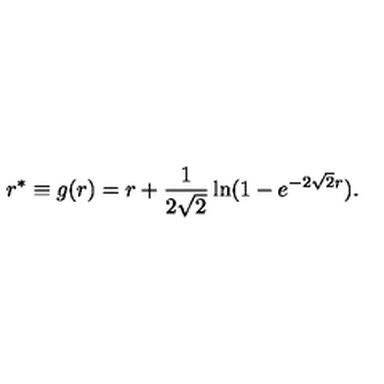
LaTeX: r ^ { * } \equiv g ( r ) = r + { \frac { 1 } { 2 \sqrt 2 } } \ln ( 1 - e ^ { - 2 \sqrt 2 r } ) .